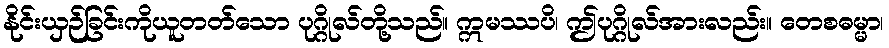
နိုင်းယှဉ်ခြင်းကိုယူတတ်သော ပုဂ္ဂိုလ်တို့သည်။ ဣမဿပိ၊ ဤပုဂ္ဂိုလ်အားလည်း။ တေစဓမ္မာ၊